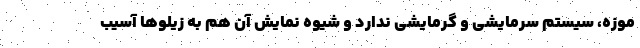
موزه، سیستم سرمایشی و گرمایشی ندارد و شیوه نمایش آن هم به زیلوها آسیب